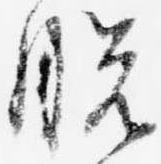
脱